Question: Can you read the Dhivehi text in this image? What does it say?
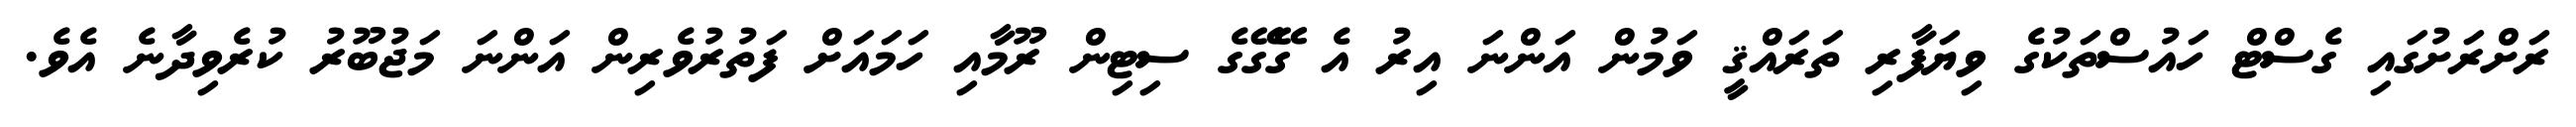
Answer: ރަށްރަށުގައި ގެސްޓް ހައުސްތަކުގެ ވިޔަފާރި ތަރައްޤީ ވަމުން އަންނަ އިރު އެ ގޭގޭގެ ސިޓިން ރޫމާއި ހަމައަށް ފަތުރުވެރިން އަންނަ މަޖުބޫރު ކުރެވިދާނެ އެވެ.